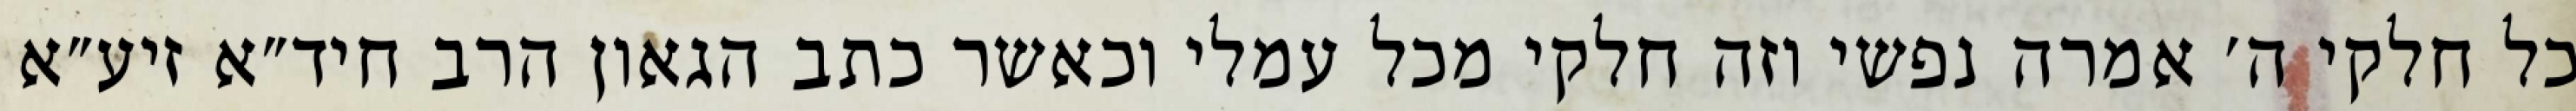
כל חלקי ה׳ אמרה נפשי וזה חלקי מכל עמלי וכאשר כתב הגאון הרב חיד״א זיע״א